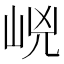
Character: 㟅